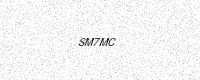
Text: SM7MC